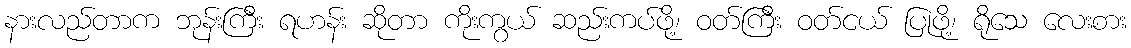
နားလည်တာက ဘုန်းကြီး ရဟန်း ဆိုတာ ကိုးကွယ် ဆည်းကပ်ဖို့၊ ဝတ်ကြီး ဝတ်ငယ် ပြုဖို့၊ ရိုသေ လေးစား